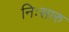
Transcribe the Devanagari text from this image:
निःसारु